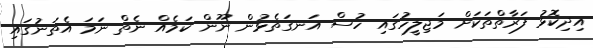
އިދިކޮޅު ފަރާތްތަކަށް މަޖިލީހުގައި ހުސް އަނގަތެޅުން ނޫން ކަމެއް ނެތް ނަމަ އެތަނުގައި